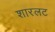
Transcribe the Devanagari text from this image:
शारलट